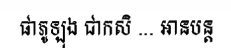
ផាភូឡុង ជាកសិ ... អានបន្ត